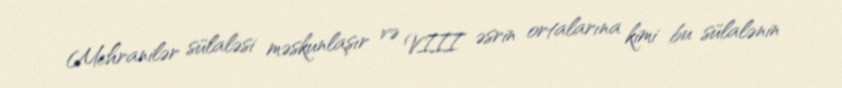
Mehranilər sülaləsi məskunlaşır və VIII əsrin ortalarına kimi bu sülalənin